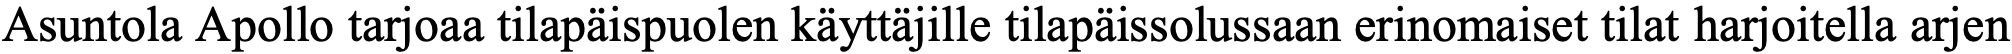
Asuntola Apollo tarjoaa tilapäispuolen käyttäjille tilapäissolussaan erinomaiset tilat harjoitella arjen